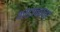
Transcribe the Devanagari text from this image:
काटावरचा